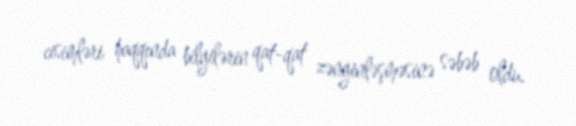
cisimləri haqqında bilgilərin qat-qat zənginləşməsinə səbəb oldu.